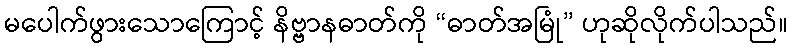
မပေါက်ဖွားသောကြောင့် နိဗ္ဗာနဓာတ်ကို “ဓာတ်အမြုံ” ဟုဆိုလိုက်ပါသည်။